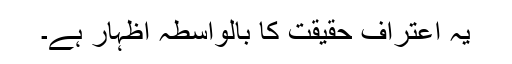
یہ اعتراف حقیقت کا بالواسطہ اظہار ہے۔